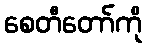
စေတီတော်ကို